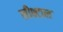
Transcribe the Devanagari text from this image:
लीश्टाल